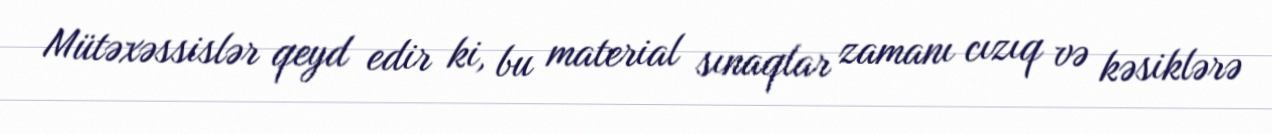
Mütəxəssislər qeyd edir ki, bu material sınaqlar zamanı cızıq və kəsiklərə